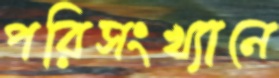
পরিসংখ্যানে